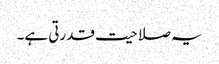
یہ صلاحیت قدرتی ہے۔